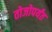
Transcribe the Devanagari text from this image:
तोजोपर्यंत